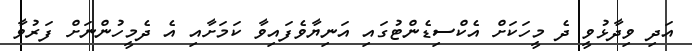
އަދި ވިދާޅުވީ ދެ މީހަކަށް އެކްސިޑެންޓުގައި އަނިޔާވެފައިވާ ކަމަށާއި އެ ދެމީހުންނަށް ފަރުވާ